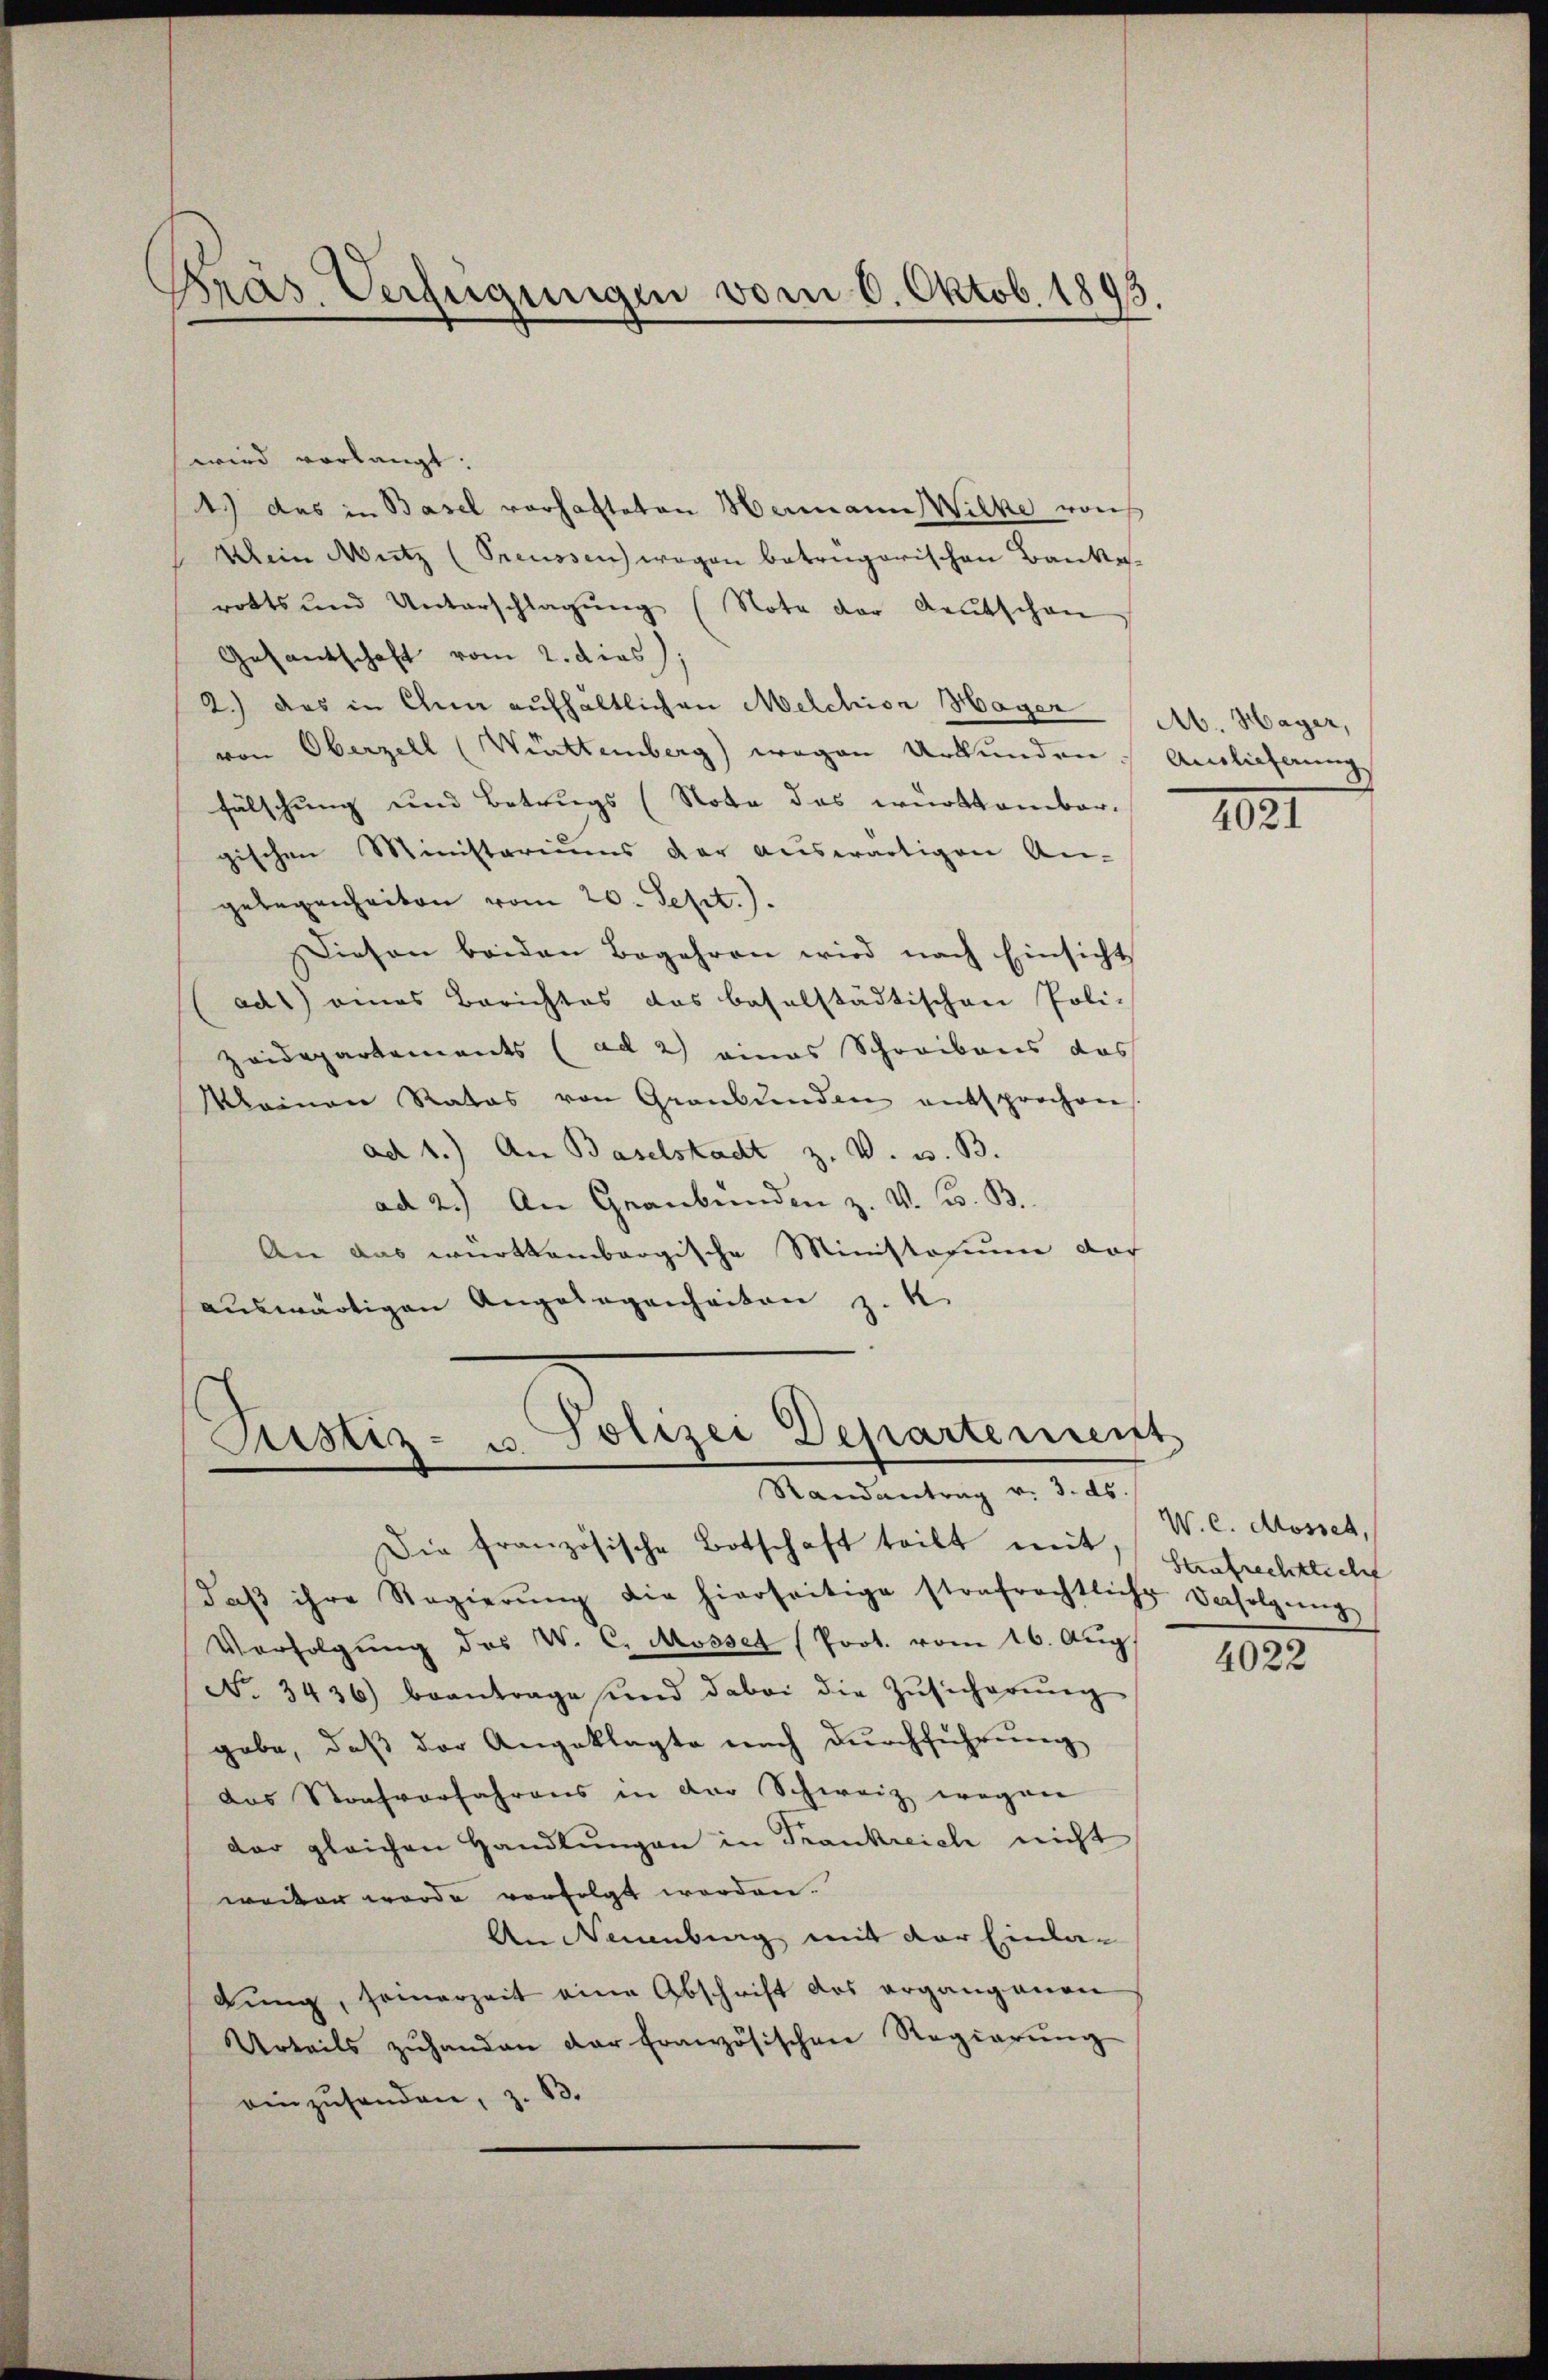
Präs. Verfügungen vom 6. Oktob. 1893.

wird vorlangt.
1.) das in Basel vorhafteten Hermann Wilke vorh
Klein Mutz (Preussen wegen betrügerischen Bauka-
rotts und Unterschlagung (Note der Reŭtschon
Gesantschaft vom 2. dies;
2.) Das in Chun aufhältlichen Melchior Hager Ab. Hager,
von Oberzell (Wettemberg) wegen Urkunden Auslieferung
fälschung und Betrugs (Nota das württember-
gischen Ministeriums der auswärtigen An-
gelegenheiten vom 20. Sept.).
iesen beiden Begehren wird nach Einsicht
(adt) eines Berichtes das baselstädtischen Poli-
Zeidepartements (ad 2) eines Schreibens das
Kleinen Rates von Graubünden entsprochen
ad 1.) An Baselstadt z. V. W. B.
ad 2.) An Graubünden z. V. C. B.
An das württembergische Ministorium doch
auswärtigen Angelegenheiten z. K

e
Cristiz- u Polizei Departement
Randantrag v. 3. ds.

Die französische Botschaft teilt mit, aufrechtlich
daβ ihre Regierŭng die hierseitige strafrechtliche Verfolgung
Verfolgŭng des W. C. Mosset (Prot. vom 16. Aug
No. 3436) beantrage und dabei die Zŭsicherŭng
gabe, daß der Angeklagte nach durchführung
das Strafverfahrens in der Schweiz wegen
der gleichen Handlŭngen in Trankreich nicht
wecken werde vorfolgt worden.
An Neuenburg mit der Einladung, seinerzeit eine Abschrift des ergangenen
Urteils zŭ handen der französischen Regierŭng
einzusenden, z. B.

1921

4022

W. C. Mossel,